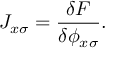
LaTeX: J _ { x \sigma } = \frac { \delta F } { \delta \phi _ { x \sigma } } .